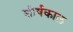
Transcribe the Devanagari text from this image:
शीर्षकाल